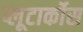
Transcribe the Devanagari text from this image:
प्लूटार्कोस